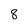
Character: 8